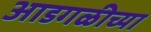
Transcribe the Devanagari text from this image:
आडगळीच्या